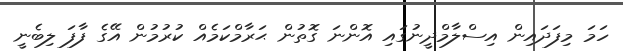
ހަމަ މިފަދައިން އިސްލާމްދީނުގައި އޮންނަ ގޮތުން ޙަރާމްކަމެއް ކުރުމުން އޭގެ ފާފަ ލިބެނީ